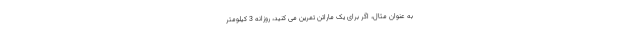
به عنوان مثال، اگر برای یک ماراتن تمرین می کنید، روزانه 3 کیلومتر